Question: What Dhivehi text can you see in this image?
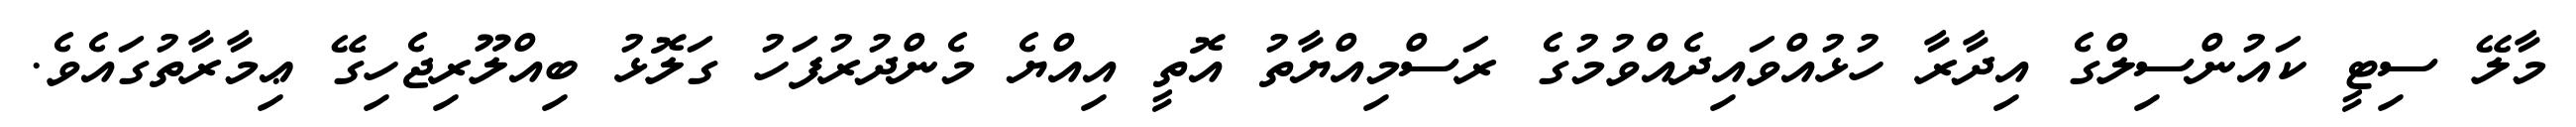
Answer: މާލޭ ސިޓީ ކައުންސިލްގެ އިދާރާ ހުޅުއްވައިދެއްވުމުގެ ރަސްމިއްޔާތު އޮތީ އިއްޔެ މެންދުރުފަހު ގަލޮޅު ބިއްލޫރިޖެހިގޭ ޢިމާރާތުގައެވެ.